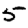
Digit: 5